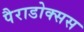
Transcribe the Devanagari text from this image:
पैराडोक्सस